Bombay plague: being a history of the progress of plague in the Bombay presidency from September 1896 to June 1899
Year: 1896
Disease focus: Plague
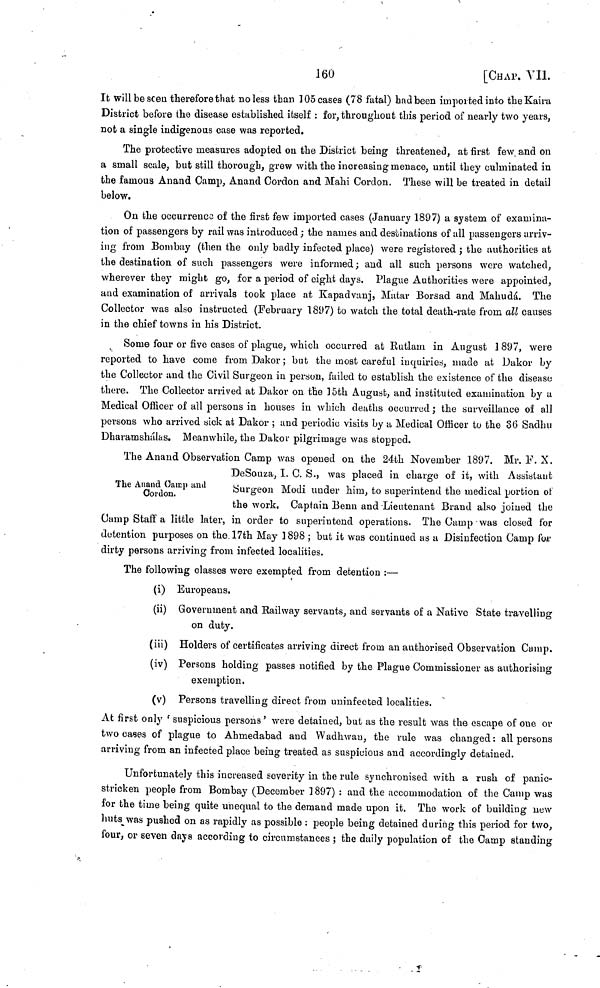
160
[CHAP. VII.
It will be seen therefore that no less than 105 cases (78 fatal) had been imported into the Kami
District before the disease established itself : for, throughout this period of nearly two years,
not a single indigenous case was reported.
The protective measures adopted on the District being threatened, at first few and on
a small scale, but still thorough, grew with the increasing menace, until they culminated in
the famous Anand Camp, Anand Cordon and Mahi Cordon. These will be treated in detail
below.
On the occurrence of the first few imported cases (January 1897) a system of examina-
tion of passengers by rail was introduced ; the names and destinations of all passengers arriv-
ing from Bombay (then the only badly infected place) were registered ; the authorities at
the destination of such passengers were informed ; and all such persons were watched,
wherever they might go, for a period of eight days, Plague Authorities were appointed,
and examination of arrivals took place at Kapadvanj, Matar Borsad and Mahudá. The
Collector was also instructed (February 1897) to watch the total death-rate from all causes
in the chief towns in his District.
Some four or five cases of plague, which occurred at Rutlam in August 1 897, were
reported to have come from Dakor ; but the most careful inquiries, made at Dakor by
the Collector and the Civil Surgeon in person, failed to establish the existence of the disease
there. The Collector arrived at Dakor on the 15th August, and instituted examination by a
Medical Officer of all persons in houses in which deaths occurred ; the surveillance of all
persons who arrived sick at Dakor ; and periodic visits by a Medical Officer to the 36 Sadhu
Dharamshálas. Meanwhile, the Dakor pilgrimage was stopped.
The Anand Camp and
Gordon.
The Anand Observation Camp was opened on the 24th November 1897. Mr. F. X.
DeSouza, I. C. S., was placed in charge of it, with Assistant
Surgeon Modi under him, to superintend the medical portion of
the work. Captain Benn and Lieutenant Brand also joined the
Camp Staff a little later, in order to superintend operations. The Camp was closed for
detention purposes on the 17th May 1898 ; but it was continued as a Disinfection Camp for
dirty persons arriving from infected localities.
The following classes were exempted from detention :—
(i) Europeans.
(ii) Government and Railway servants, and servants of a Native State travelling
on duty.
(iii) Holders of certificates arriving direct from an authorised Observation Camp.
(iv) Persons holding passes notified by the Plague Commissioner as authorising
exemption.
(v) Persons travelling direct from uninfected localities.
At first only 'suspicious persons' were detained, but as the result was the escape of one or
two cases of plague to Ahmedabad and Wadhwau, the rule was changed : all persons
arriving from an infected place being treated as suspicious and accordingly detained.
Unfortunately this increased severity in the rule synchronised with a rush of panic-
stricken people from Bombay (December ] 897) : and the accommodation of the Camp was
for the time being quite unequal to the demand made upon it. The work of building new
huts was pushed on as rapidly as possible : people being detained during this period for two,
four, or seven days according to circumstances ; the daily population of the Camp standing